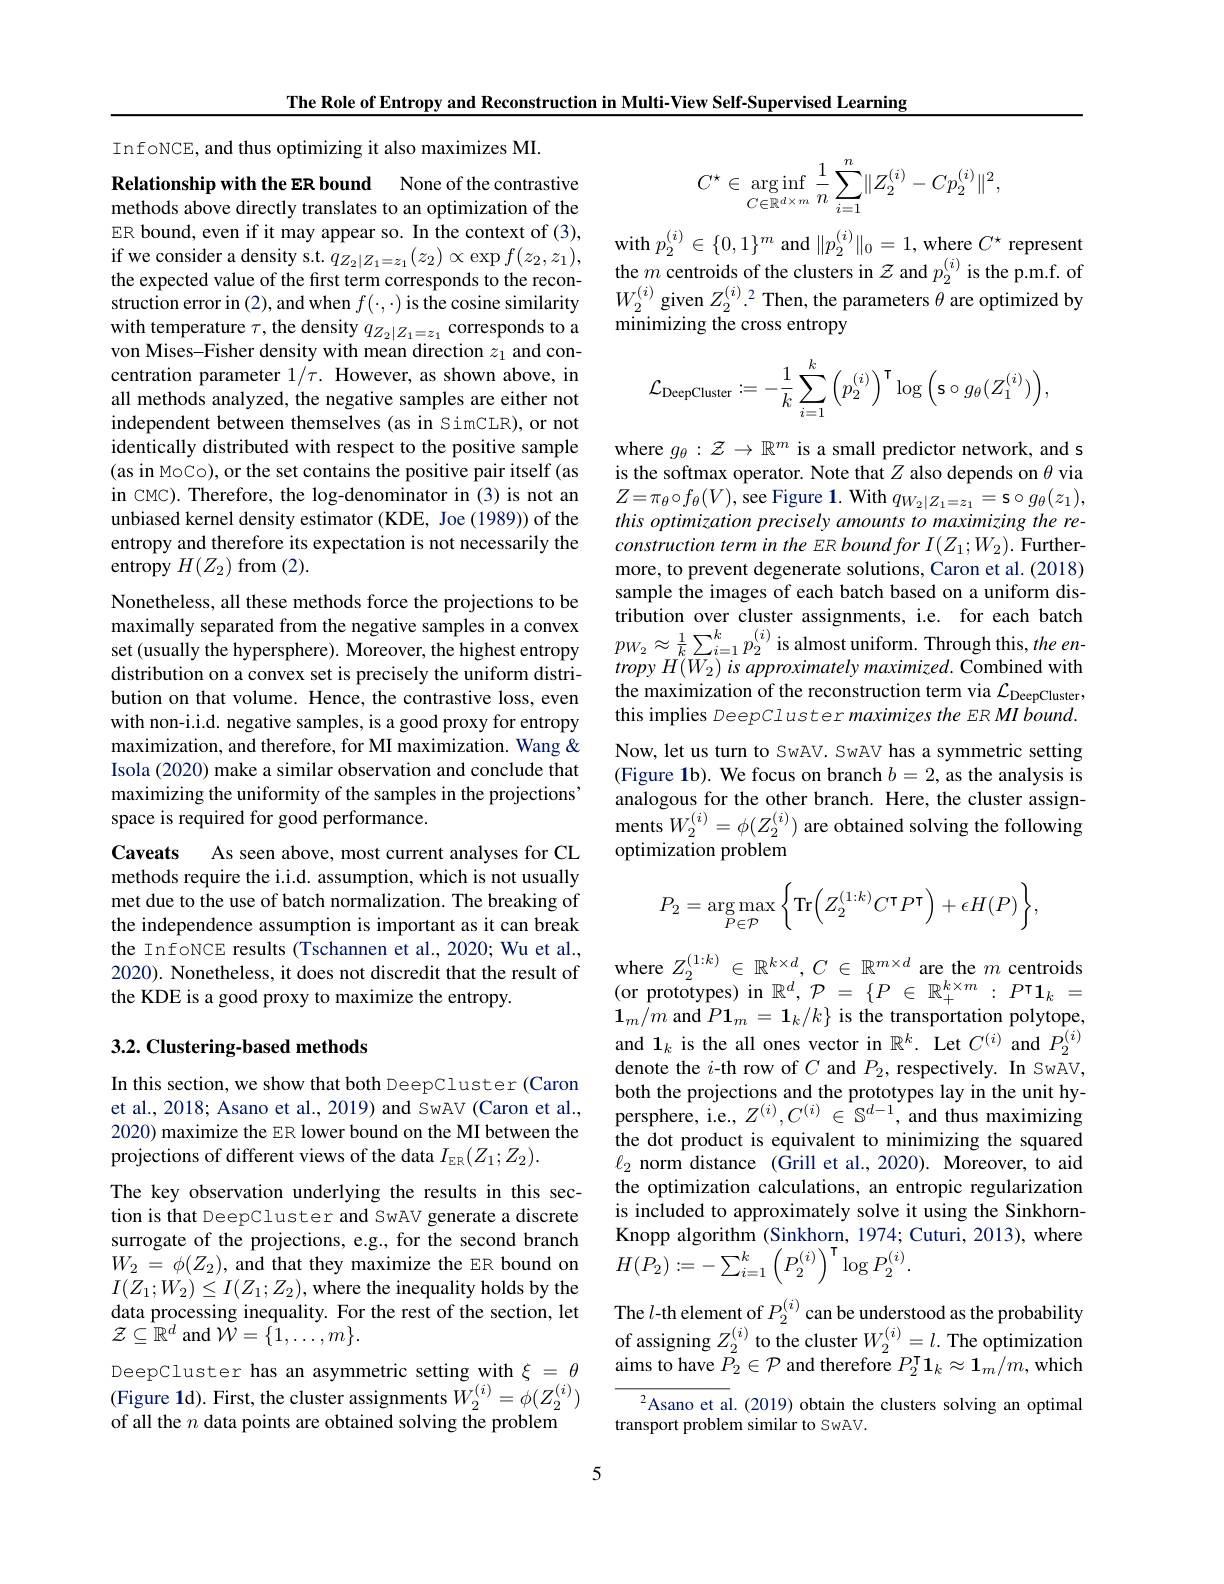
The Role of Entropy and Reconstruction in Multi-View Self-Supervised Learning

InfoNCE, and thus optimizing it also maximizes MI.
Relationship with the ER bound None of the contrastive methods above directly translates to an optimization of the ER bound, even if it may appear so. In the context of (3), if we consider a density s.t. $q_{Z_2|Z_1=z_1}(z_2)\propto\exp f(z_2,z_1)$, the expected value of the first term corresponds to the reconstruction error in (2), and when $f(\cdot,\cdot)$ is the cosine similarity with temperature $\tau$,the density $q_Z_2|Z_1=z_1$ corresponds to a von Mises-Fisher density with mean direction $z_1$ and concentration parameter $1/\tau.$ However, as shown above, in all methods analyzed, the negative samples are either not independent between themselves (as in SimCLR), or not identically distributed with respect to the positive sample (as in MoCo), or the set contains the positive pair itself (as in CMC). Therefore, the log-denominator in (3) is not an unbiased kernel density estimator (KDE, Joe (1989)) of the entropy and therefore its expectation is not necessarily the entropy $H(Z_2)$ from (2).
Nonetheless, all these methods force the projections to be maximally separated from the negative samples in a convex maxımalıy separated from the negative samples ın a convex set (usually the hypersphere). Moreover, the highest entropy $p_{W_2}\approx\frac1k\sum_{i=1}^kp_2^{(i)}$ is almost uniform. Through this, the en-
distribution on a convex set is precisely the uniform distribution on that volume. Hence, the contrastive loss, even with non-i.i.d. negative samples, is a good proxy for entropy maximization, and therefore, for MI maximization. Wang & Isola (2020) make a similar observation and conclude that maximizing the uniformity of the samples in the projections' space is required for good performance.
Caveats As seen above, most current analyses for CL methods require the i.i.d. assumption, which is not usually met due to the use of batch normalization. The breaking of the independence assumption is important as it can break the InfoNCE results (Tschannen et al., 2020; Wu et al., 2020). Nonetheless, it does not discredit that the result of the KDE is a good proxy to maximize the entropy.

## 3.2. Clustering-based methods

In this section, we show that both DeepCluster (Caron et al., 2018; Asano et al., 2019) and SwAV (Caron et al., 2020) maximize the ER lower bound on the MI between the projections of different views of the data $I_\mathrm{ER}(Z_1;Z_2).$
The key observation underlying the results in this section is that DeepCluster and SwAV generate a discrete surrogate of the projections, e.g., for the second branch $W_{2}=\phi(Z_{2})$, and that they maximize the ER bound on $I(Z_{1};W_{2})\leq I(Z_{1};Z_{2})$,where the inequality holds by the data processing inequality. For the rest of the section, let $\mathcal{Z}\subseteq\overset{.}{\operatorname*{\mathbb{R}}}^{d}$ and $\tilde{\mathcal{W}}=\{1,\ldots,m\}.$
DeepCluster has an asymmetric setting with $\xi=\theta$ (Figure 1d). First, the cluster assignments $\tilde{W}_2^{(i)}=\phi(Z_2^{(i)})$ of all the $n$ data points are obtained solving the problem
$$C^\star\in\underset{C\in\mathbb{R}^{d\times m}}{\text{arg}\operatorname*{inf}}\frac{1}{n}\sum_{i=1}^{n}\lVert Z_{2}^{(i)}-Cp_{2}^{(i)}\rVert^{2},$$
with $p_2^{(i)}\in\{0,1\}^m$ and $\|p_2^{(i)}\|_0=1$, where $C^*$ represent the $m$ centroids of the clusters in $\mathcal{Z}$ and $p_2^{(i)}$ is the p.m.f. of $W_{2}^{(i)}$ given $Z_2^{(i)}.^2$ Then, the parameters $\theta$ are optimized by ${\mathrm{minimizing~the~cross~entropy}}$
$$\mathcal{L}_{\text{DeepCluster}}:=-\frac{1}{k}\sum_{i=1}^{k}\left(p_{2}^{(i)}\right)^{\mathsf{T}}\log\left(\mathsf{s}\circ g_{\theta}(Z_{1}^{(i)})\right),$$
where $g_\theta:\mathcal{Z}\to\mathbb{R}^m$ is a small predictor network, and s is the softmax operator. Note that $Z$ also depends on $\theta$ via $Z=\pi_{\theta}\circ f_{\theta}(V)$,see Figure 1. With $q_{W_{2}|Z_{1}=z_{1}}=\mathbf{s}\circ g_{\theta}(z_{1})$, this optimization precisely amounts to maximizing the remore, to prevent degenerate solutions, Caron et al. (2018) sample the images of each batch based on a uniform distribution over cluster assignments, i.e. for each batch tropy $H(W_{2})$ is approximately maximized. Combined with the maximization of the reconstruction term via $\mathcal{L}_\mathrm{DeepCluster}$, this implies DeepCluster maximizes the ER MI bound. Now, let us turn to SwAV. SwAV has a symmetric setting (Figure 1b). We focus on branch $b=2$, as the analysis is analogous for the other branch. Here, the cluster assignments $W_{2}^{( i) }= \phi ( Z_{2}^{( i) })$ are obtained solving the following optimization problem
$$P_2=\underset{P\in\mathcal{P}}{\arg\max}\left\{\mathop{\mathrm{Tr}}\Big(Z_2^{(1:k)}C^\intercal P^\intercal\Big)+\epsilon H(P)\right\},$$
where $Z_2^{(1:k)}\in\mathbb{R}^{k\times d},C\in\mathbb{R}^{m\times d}$ are the $m$ centroids (or prototypes) in $\mathbb{R}^d,\mathcal{P}=\{P\in\mathbb{R}_+^{k\times m}:P^{\mathsf{T}}\mathbf{1}_k=$ $\mathbf{1}_m/m$ and $P\mathbf{1}_m=\mathbf{1}_k/k\}$ is the transportation polytope, and $\mathbf{1}_k$ is the all ones vector in $\mathbb{R}^k.$ Let $C^{(i)}$ and $P_2^{(i)}$ denote the $i$-th row of $C$ and $P_2$, respectively. In SwAV, both the projections and the prototypes lay in the unit hypersphere, i.e., $Z^{(i)},C^{(i)}\in\mathbb{S}^{d-1}$, and thus maximizing the dot product is equivalent to minimizing the squared $\ell_{2}$ norm distance (Grill et al., 2020). Moreover, to aid the optimization calculations, an entropic regularization is included to approximately solve it using the SinkhornKnopp algorithm (Sinkhorn, 1974; Cuturi, 2013), where $H(P_{2}):=-\sum_{i=1}^{k}\left(P_{2}^{(i)}\right)^{\mathsf{T}}\log P_{2}^{(i)}.$

The $l$-th element of $P_2^{(i)}$ can be understood as the probability of assigning $Z_2^{(i)}$ to the cluster $W_2^{(i)}=l.$ The optimization aims to have $\bar{P_2}\in\mathcal{P}$ and therefore $\bar P_2^\intercal\mathbf{1}_k\approx\mathbf{1}_m/m$,which
$^2$Asano et al.(2019) obtain the clusters solving an optimal

transport problem similar to SwAV.

5